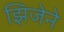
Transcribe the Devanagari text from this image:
झिजेने